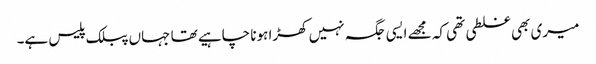
میری بھی غلطی تھی کہ مجھے ایسی جگہ نہیں کھڑا ہونا چاہیے تھا جہاں پبلک پلیس ہے۔